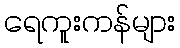
ရေကူးကန်များ